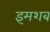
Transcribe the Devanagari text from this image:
इमशब